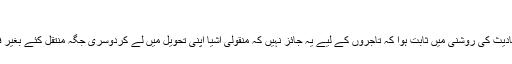
”
مذکورہ بالا احادیث کی روشنی میں ثابت ہوا کہ تاجروں کے لیے یہ جائز نہیں کہ منقولی اشیا اپنی تحویل میں لے کردوسری جگہ منتقل کئے بغیر فروخت کریں ۔